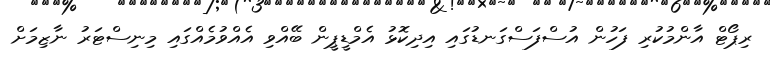
ރިޕޯޓް އާންމުކުރި ފަހުން އުސްފަސްގަނޑުގައި އިދިކޮޅު އެމްޑީޕީން ބޭއްވި އެއްވުމެއްގައި މިނިސްޓަރު ނާޒިމަށް